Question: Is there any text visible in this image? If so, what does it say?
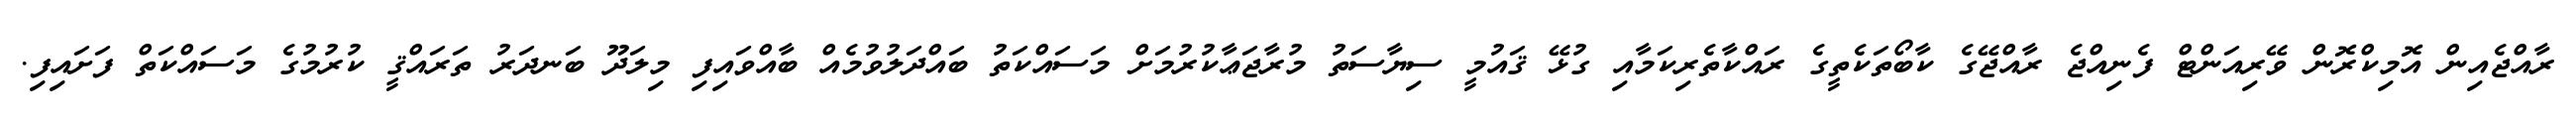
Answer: ރާއްޖެއިން އޮމިކްރޮން ވޭރިއަންޓް ފެނިއްޖެ ރާއްޖޭގެ ކާބޯތަކެތީގެ ރައްކާތެރިކަމާއި ގުޅޭ ޤައުމީ ސިޔާސަތު މުރާޖަޢާކުރުމަށް މަސައްކަތު ބައްދަލުވުމެއް ބާއްވައިފި މިލަދޫ ބަނދަރު ތަރައްޤީ ކުރުމުގެ މަސައްކަތް ފަށައިފި.